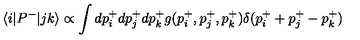
\langle i | P ^ { - } | j k \rangle \propto \int d p _ { i } ^ { + } d p _ { j } ^ { + } d p _ { k } ^ { + } g ( p _ { i } ^ { + } , p _ { j } ^ { + } , p _ { k } ^ { + } ) \delta ( p _ { i } ^ { + } + p _ { j } ^ { + } - p _ { k } ^ { + } )